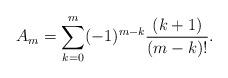
LaTeX: \begin{align*} A_m=\sum\limits_{k=0}^m(-1)^{m-k}\frac{(k+1)}{(m-k)!}.\end{align*}